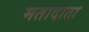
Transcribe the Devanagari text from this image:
मतादाता